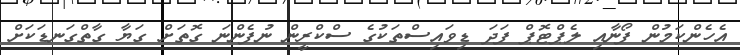
އެހެންކަމުން ފޯނާއި ލެޕްޓޮޕް ފަދަ ޑިވައިސްތަކުގެ ސްކްރީން ނުފެންނަ ގޮތަށް ގަޔާ ގާތްގަނޑަކަށް